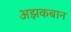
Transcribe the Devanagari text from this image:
अझकबान